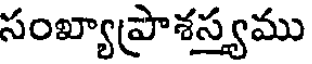
సంఖ్యాప్రాశస్త్యము